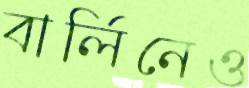
বার্লিনেও